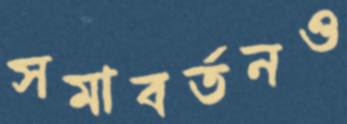
সমাবর্তনও